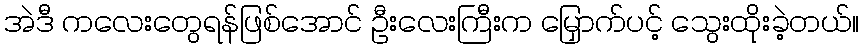
အဲဒီ ကလေးတွေရန်ဖြစ်အောင် ဦးလေးကြီးက မြှောက်ပင့် သွေးထိုးခဲ့တယ်။